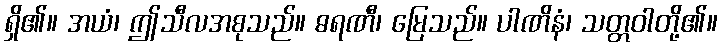
ရှိ၏။ အယံ၊ ဤသီလအစုသည်။ ဓရဏီ၊ မြေသည်။ ပါဏိနံ၊ သတ္တဝါတို့၏။